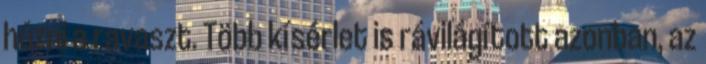
húzni a ravaszt. Több kísérlet is rávilágított azonban, az